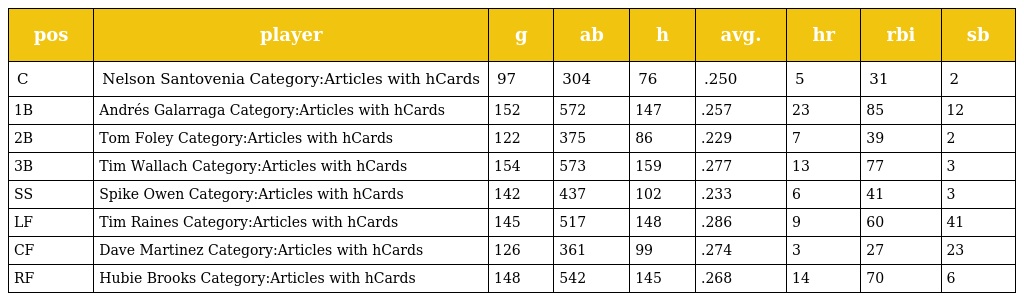
| pos | player | g | ab | h | avg. | hr | rbi | sb |
 | --- | --- | --- | --- | --- | --- | --- | --- | --- |
 | C | Nelson Santovenia Category:Articles with hCards | 97 | 304 | 76 | .250 | 5 | 31 | 2 |
 | 1B | Andrés Galarraga Category:Articles with hCards | 152 | 572 | 147 | .257 | 23 | 85 | 12 |
 | 2B | Tom Foley Category:Articles with hCards | 122 | 375 | 86 | .229 | 7 | 39 | 2 |
 | 3B | Tim Wallach Category:Articles with hCards | 154 | 573 | 159 | .277 | 13 | 77 | 3 |
 | SS | Spike Owen Category:Articles with hCards | 142 | 437 | 102 | .233 | 6 | 41 | 3 |
 | LF | Tim Raines Category:Articles with hCards | 145 | 517 | 148 | .286 | 9 | 60 | 41 |
 | CF | Dave Martinez Category:Articles with hCards | 126 | 361 | 99 | .274 | 3 | 27 | 23 |
 | RF | Hubie Brooks Category:Articles with hCards | 148 | 542 | 145 | .268 | 14 | 70 | 6 |